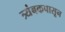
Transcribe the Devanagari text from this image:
त्र्यंबकपासून